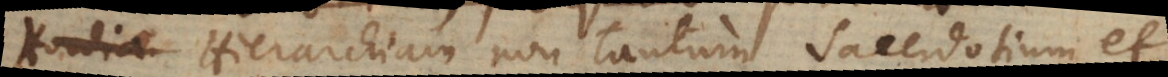
Hierarchiam, non tantum sacerdotium et